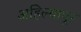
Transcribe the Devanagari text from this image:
अहिल्यापूर